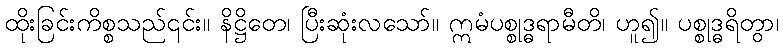
ထိုးခြင်းကိစ္စသည်၎င်း။ နိဋ္ဌိတေ၊ ပြီးဆုံးလသော်။ ဣမံပစ္စုဒ္ဓရာမီတိ၊ ဟူ၍။ ပစ္စုဒ္ဓရိတွာ၊